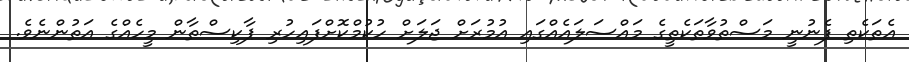
އެތަކެތި ފެނުނީ މަސްތުވާތަކެތީގެ މައްސަލައެއްގައި އުމުރަށް ޖަލަށް ހުކުމްކޮށްފައިހުރި ޕާކިސްތާން މީހެއްގެ އަތުންނެވެ.